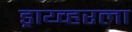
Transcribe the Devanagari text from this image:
ड्राय्व्हरला